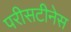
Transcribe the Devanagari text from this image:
परीसटीनेस